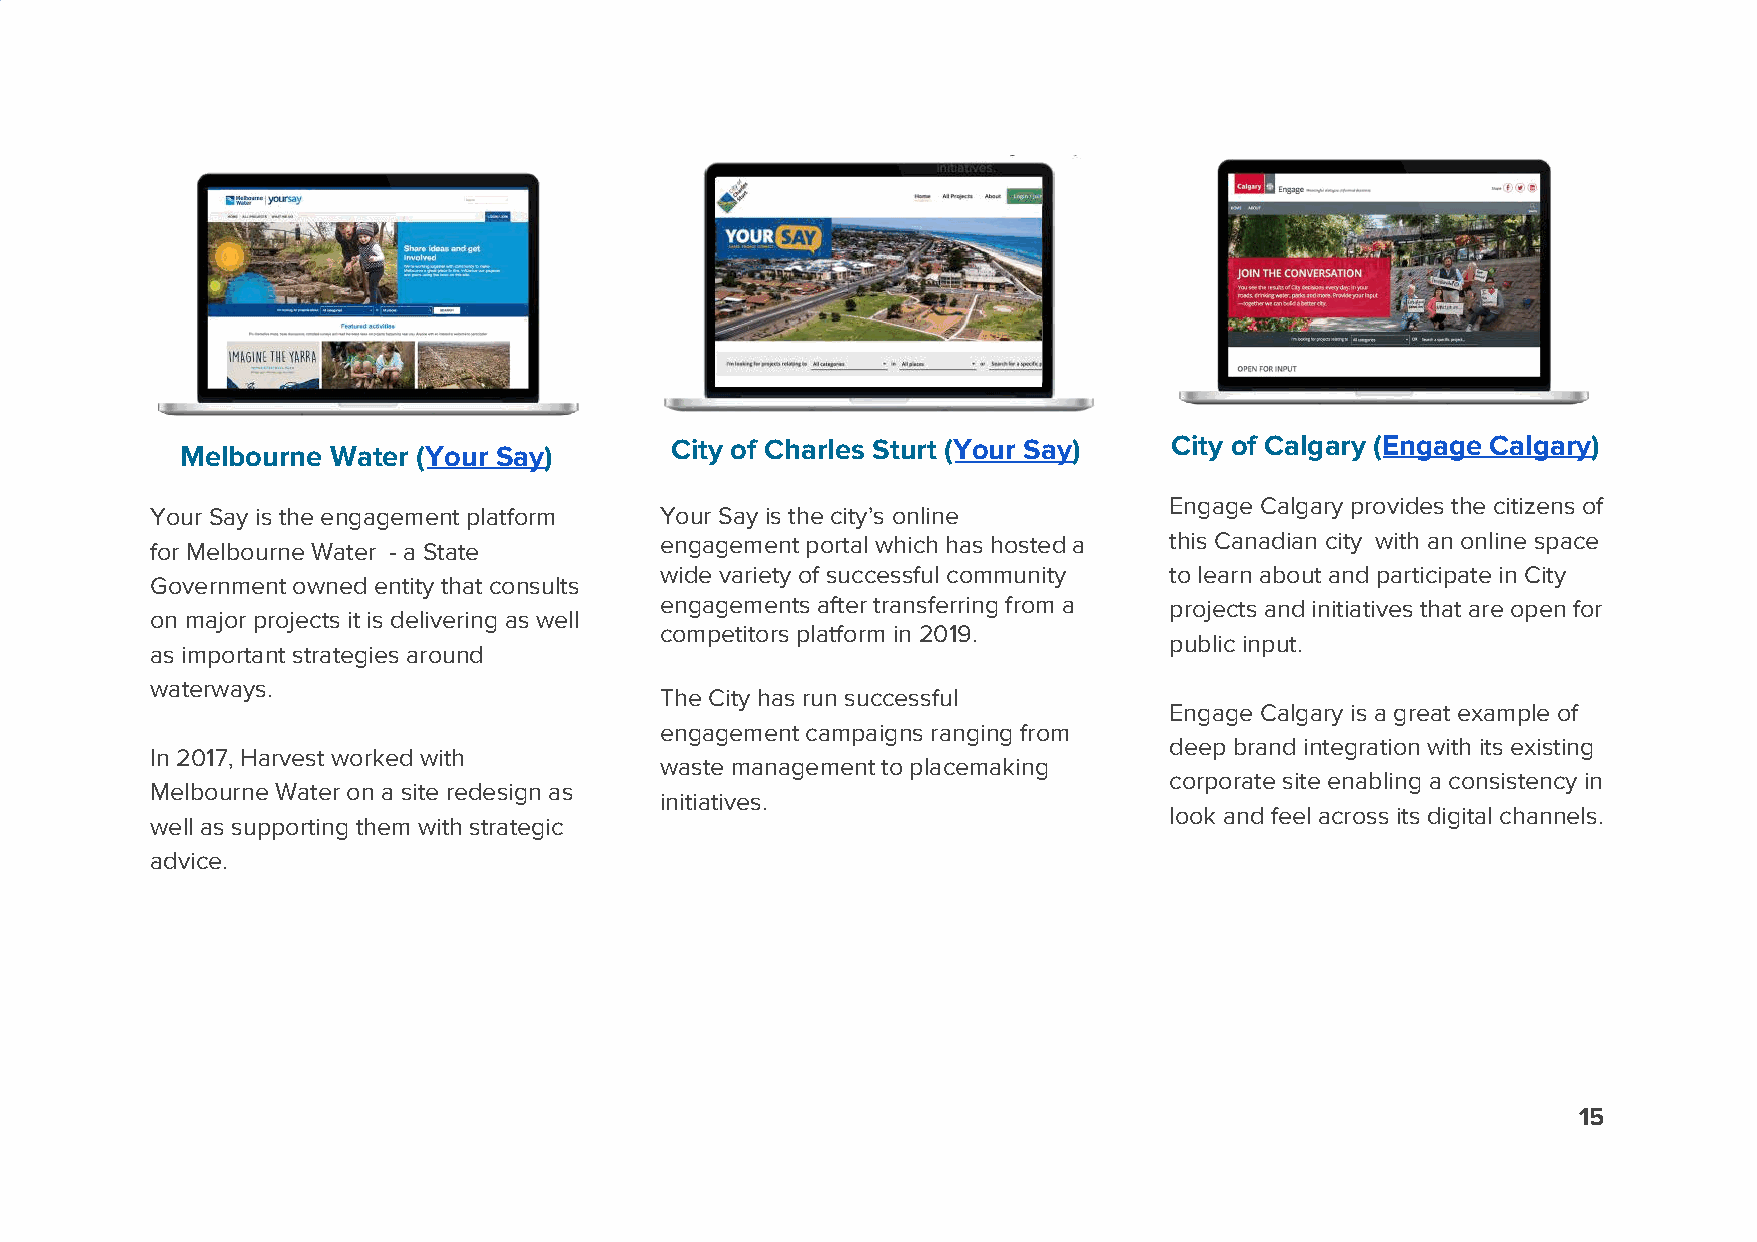
Melbourne Water ( ​Your Say)
 ​
 City of Charles Sturt ( ​Your Say ​) City of Calgary ( ​Engage Calgary ​)
 Engage Calgary provides the citizens of
 Your Say is the engagement platform Your Say is the city’s online
 for Melbourne Water - a State     engagement portal which has hosted a this Canadian city with an online space
 wide variety of successful community to learn about and participate in City
 Government owned entity that consults
 engagements after transferring from a projects and initiatives that are open for
 on major projects it is delivering as well
 competitors platform in 2019.
 public input.
 as important strategies around
 waterways.
 The City has run successful
 Engage Calgary is a great example of
 engagement campaigns ranging from
 deep brand integration with its existing
 In 2017, Harvest worked with
 waste management to placemaking
 corporate site enabling a consistency in
 Melbourne Water on a site redesign as
 initiatives.
 look and feel across its digital channels.
 well as supporting them with strategic
 advice.
 15